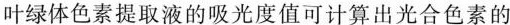
叶绿体色素提取液的吸光度值可计算出光合色素的